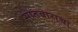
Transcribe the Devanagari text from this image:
सातबाराचा